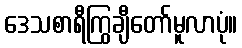
ဒေသစာရီကြွချီတော်မူလာပုံ။